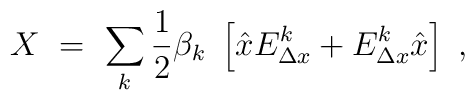
X \ = \ \sum_k {1\over 2} \beta_k \ \left[{\hat x}   E_{\Delta x}^k + E_{\Delta x}^k {\hat x}  \right]\ ,